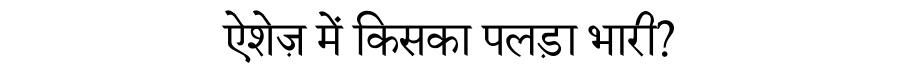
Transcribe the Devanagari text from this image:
ऐशेज़ में किसका पलड़ा भारी?